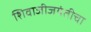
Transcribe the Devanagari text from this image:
शिवाजीजयंतीचा